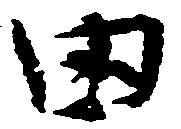
田